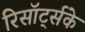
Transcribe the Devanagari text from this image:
रिसॉर्ट्सके